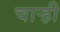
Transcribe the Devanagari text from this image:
चार्‍ही